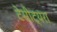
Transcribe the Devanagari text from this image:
टेसीट्यरा